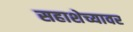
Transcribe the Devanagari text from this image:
सहाशेच्यावर